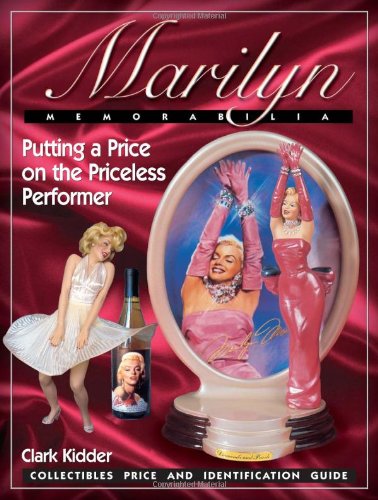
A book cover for Marilyn Memorabilia: Putting a Price on the Priceless Performer,  Collectibles Price and Identification Guide; Clark Kidder; Crafts, Hobbies & Home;